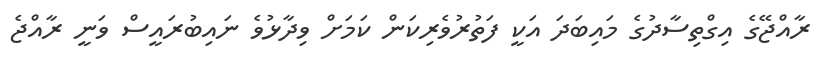
ރާއްޖޭގެ އިގްތިސާދުގެ މައިބަދަ އަަކީ ފަތުރުވެރިކަން ކަމަށް ވިދާޅުވެ ނައިބުރައީސް ވަނީ ރާއްޖެ